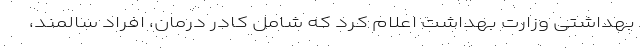
بهداشتی وزارت بهداشت اعلام کرد که شامل کادر درمان، افراد سالمند،